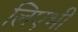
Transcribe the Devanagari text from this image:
लिएभी